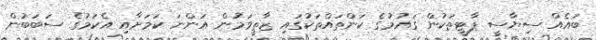
ބައެއް ސިޔާސީ ޕާޓީތަކުން ގައުމުގެ ކަންތައްތަކުގައި ޒާތީވަމުން އަންނަ ކަމަށާއި އެކަމުގެ ސަބަބުން